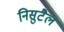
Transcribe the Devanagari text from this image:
निसुटैल